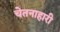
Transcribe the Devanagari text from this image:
चेतनाहारी